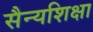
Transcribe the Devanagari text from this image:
सैन्यशिक्षा